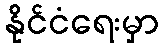
နိုင်ငံရေးမှာ